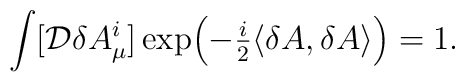
\int [{\cal D}\delta A_{\mu}^i] \exp \Bigl(- {\textstyle\frac{i}{2}}\langle\delta A, \delta A\rangle  \Bigr)= 1.